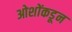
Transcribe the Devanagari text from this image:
ओशोंकडून